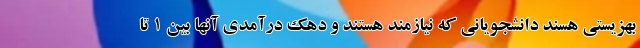
بهزیستی هسند دانشجویانی که نیازمند هستند و دهک درآمدی آنها بین ۱ تا